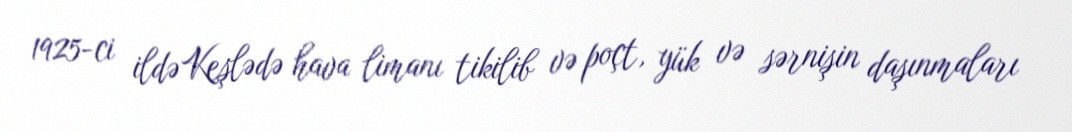
1925-ci ildə Keşlədə hava limanı tikilib və poçt, yük və sərnişin daşınmaları